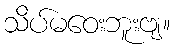
သိပ်မဝေးဘူးဗျ။